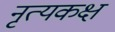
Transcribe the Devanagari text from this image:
नृत्यकक्ष